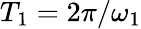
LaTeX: T_{1}=2\pi/\omega_{1}